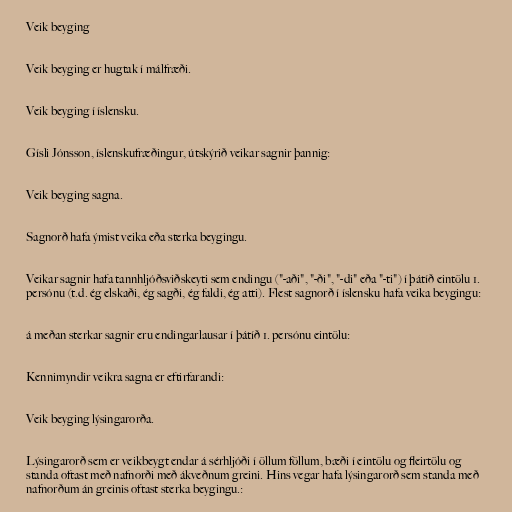
Veik beyging

Veik beyging er hugtak í málfræði.

Veik beyging í íslensku.

Gísli Jónsson, íslenskufræðingur, útskýrið veikar sagnir þannig:

Veik beyging sagna.

Sagnorð hafa ýmist veika eða sterka beygingu.

Veikar sagnir hafa tannhljóðsviðskeyti sem endingu ("-aði", "-ði", "-di" eða "-ti") í þátíð eintölu 1.
persónu (t.d. ég elskaði, ég sagði, ég faldi, ég atti). Flest sagnorð í íslensku hafa veika beygingu:

á meðan sterkar sagnir eru endingarlausar í þátíð 1. persónu eintölu:

Kennimyndir veikra sagna er eftirfarandi:

Veik beyging lýsingarorða.

Lýsingarorð sem er veikbeygt endar á sérhljóði í öllum föllum, bæði í eintölu og fleirtölu og
standa oftast með nafnorði með ákveðnum greini. Hins vegar hafa lýsingarorð sem standa með
nafnorðum án greinis oftast sterka beygingu.: